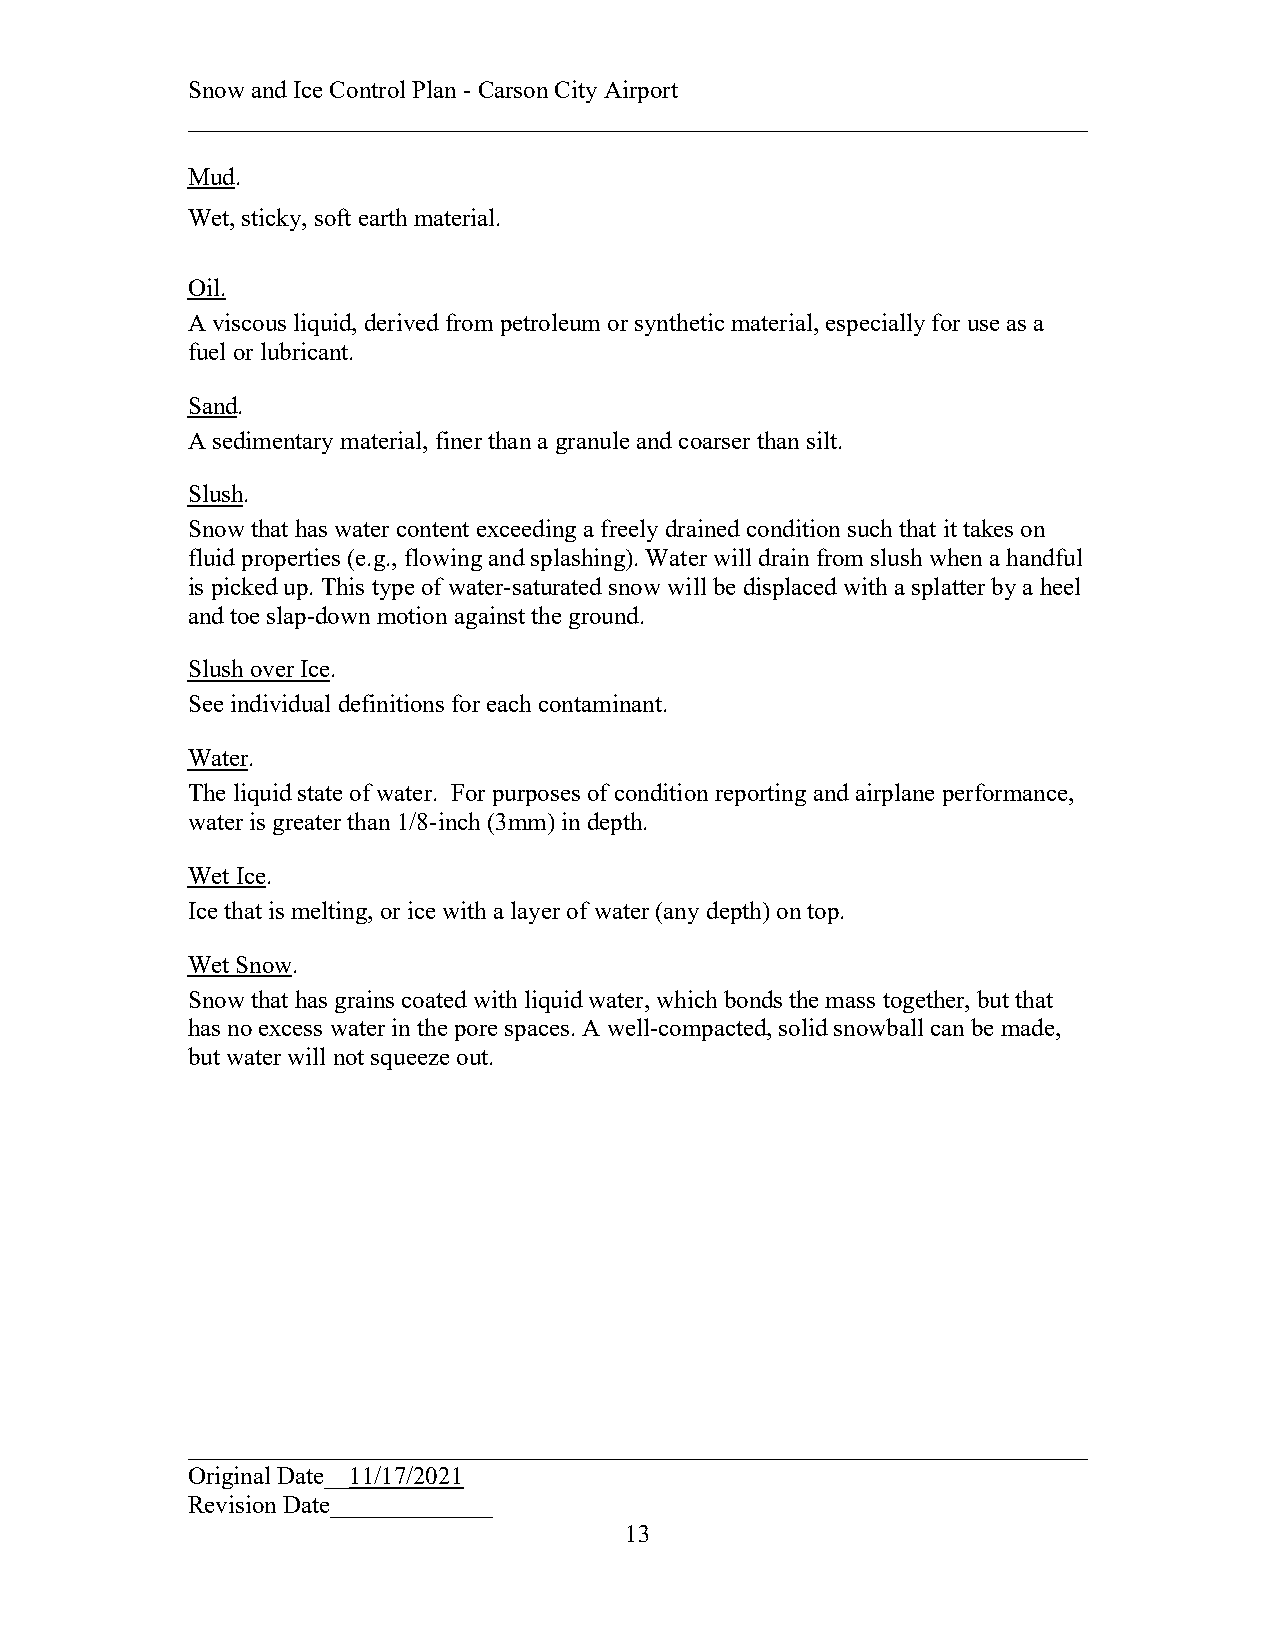
Snow and Ice Control Plan - Carson City Airport
 ________________________________________________________________________
 Mud.
 Wet, sticky, soft earth material.
 Oil.
 A viscous liquid, derived from petroleum or synthetic material, especially for use as a
 fuel or lubricant.
 Sand.
 A sedimentary material, finer than a granule and coarser than silt.
 Slush.
 Snow that has water content exceeding a freely drained condition such that it takes on
 fluid properties (e.g., flowing and splashing). Water will drain from slush when a handful
 is picked up. This type of water-saturated snow will be displaced with a splatter by a heel
 and toe slap-down motion against the ground.
 Slush over Ice.
 See individual definitions for each contaminant.
 Water.
 The liquid state of water. For purposes of condition reporting and airplane performance,
 water is greater than 1/8-inch (3mm) in depth.
 Wet Ice.
 Ice that is melting, or ice with a layer of water (any depth) on top.
 Wet Snow.
 Snow that has grains coated with liquid water, which bonds the mass together, but that
 has no excess water in the pore spaces. A well-compacted, solid snowball can be made,
 but water will not squeeze out.
 ________________________________________________________________________
 Original Date__11/17/2021
 Revision Date_____________
 13